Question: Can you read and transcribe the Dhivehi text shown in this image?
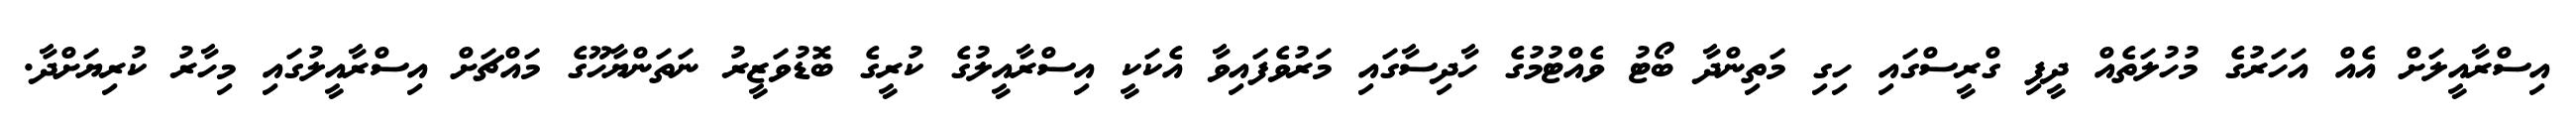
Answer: އިސްރާއީލަށް އެއް އަހަރުގެ މުހުލަތެއް ދީފި ގްރީސްގައި ހިގި މަތިންދާ ބޯޓު ވެއްޓުމުގެ ހާދިސާގައި މަރުވެފައިވާ އެކަކީ އިސްރާއީލުގެ ކުރީގެ ބޮޑުވަޒީރު ނަތަންޔާހޫގެ މައްޗަށް އިސްރާއީލުގައި މިހާރު ކުރިޔަށްދާ.